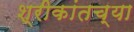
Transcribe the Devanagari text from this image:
श्रीकांतच्या